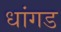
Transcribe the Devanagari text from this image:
धांगड